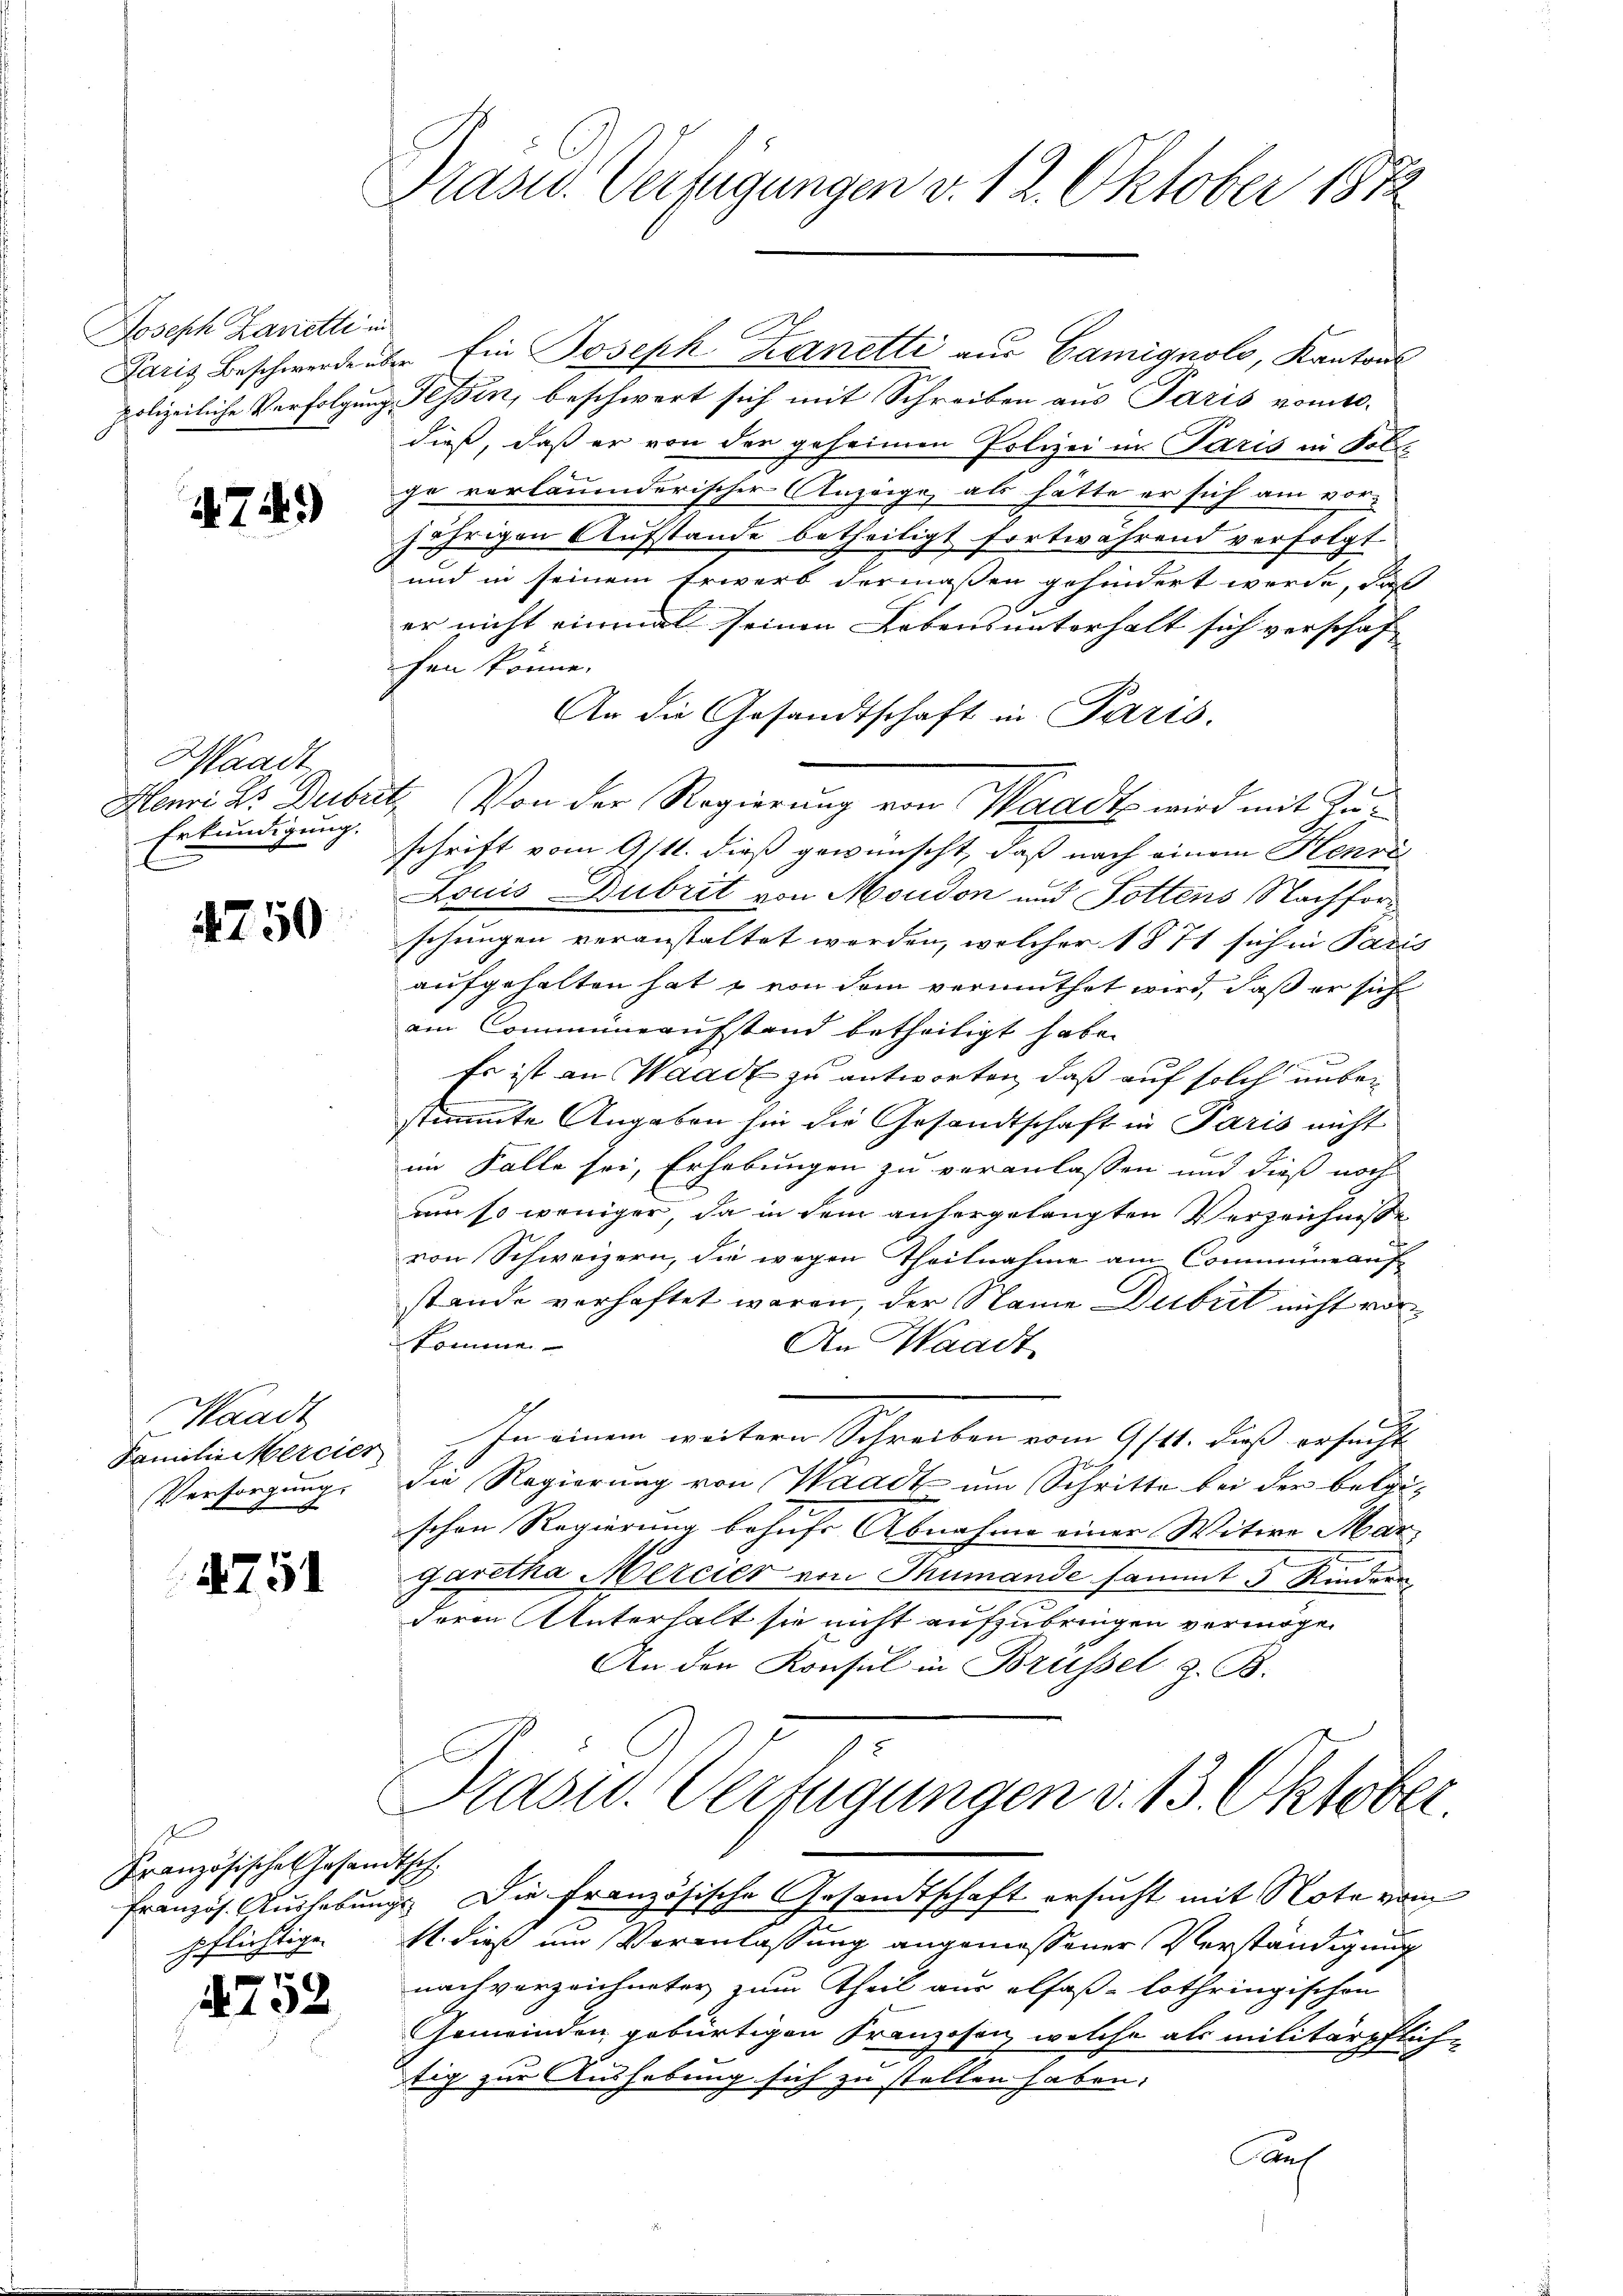
Joseph Zanetti in
polizeiliche Verfolgung

474.)

Waadt
Henri 25 Dubet,
Erkundigung.

4750

Waadt
Familie Mercier
Versorgung.
r

4751

Französische Gesandtsch
1

132

Präsid. Vertigungen v. 12. Oktober 1872

Paris Beschwerde über Ein Joseph Kanetti aus Camignolo, Kantons
 Tessin, beschwert sich mit Schreiben aus Paris vomt.
dieß, daß er von der geheimen Polizei in Paris in Solge verläumderischer Anzeige, als hätte er sich am vor-
jährigen Aufstande betheiligt fortwährend verfolgt
und in seinem Erwerb dermaßen gehindert werde, daß
A
er nicht einmal seinen Lebens unterhalt sich verschaf
fen könne.
An die Gesandtschaft in Paris.
Von der Regierung von Waadt, wird mit Zuschrift vom 9/11. dieß gewünscht, daß nach einem Henri
Louis Dubrit von Moudon und Tottens Nachforsehungen veranstaltet werden, welcher 1871 sich in Paris
aufgehalten hat & von dem vermuthet wird, daß er sich
ain Communaufstand betheiligt habe.
Es ist an Waadt zu antworten, daß auf solch unbestimmte Angaben sie die Gesandtschaft in Paris nicht
im Falle sei, Erhebungen zu veranlassen und dieß noch
um so weniger, da in dem anhergelangten Verzeichnisse
von Schweizern, die wegen Theilnahme am Communauf
stande vorhaftet waren, der Name Dubrit nicht vorkomme
An Waadt
In einem weitern Schreiben vom 9/tt. dieß ersucht
72
Die Regierung von Waadt um Schritte bei der belgi-
schen Regierung behufs Abnahme einer Witwe Mar
garetha Mercier von Thumande sammt 5 Kindern
deren Unterhalt sie nicht aufzubringen vermöge.
An den Konsul in Brüssel, z. B.
Prasw. Weinigungen v. 13. Oktober.
französ. Kurhebungs Die Französische Gesandtschaft ersucht mit Note vom
pflichtige. M. dieß um Voranlassung angemessener Verständigung
nach vorzeichneter zum Theil aus elfaß-Lothringischen
Gemeinden gebürtigen Franzosen, welche als militärpflich-
tig zur Aushebung sich zu stellen haben.
Auf